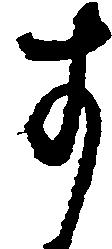
す